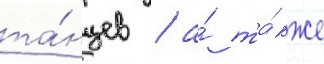
та́нцев / а́ та́кже